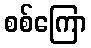
စစ်ကြော